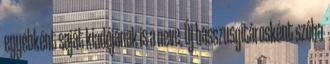
egyébként saját kiadójának is a neve. Új basszusgitárosként szóba